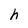
Character: h